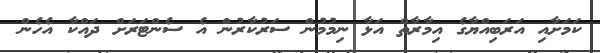
ކަމަށާއި އަރަބިއްޔާގެ އިމާރާތް އަޅާ ނިމުމުން ސަރުކާރުން އެ ސެންޓަރަށް ދައްކާ އެހެން